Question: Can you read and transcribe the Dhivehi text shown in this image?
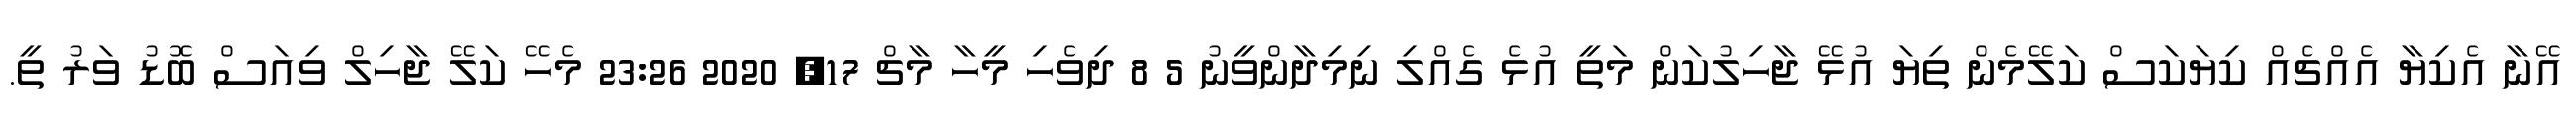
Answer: އޭނާ އެކިޔާ އެއްޗެއް ކިޔަކަސް ކަލޭމެން ތިޔަ އުޅޭ ޖާހިލުކަން މަތީ އުޅެ ގެއްލި ނިމިދާންވީނު 5 8 ދިވެހި މީހާ މާޗް 17, 2020 23:26 މެހޭ ކަލޭ ޖާހިލް ވިއަސް ބޮޑު ވަރު ތީ.